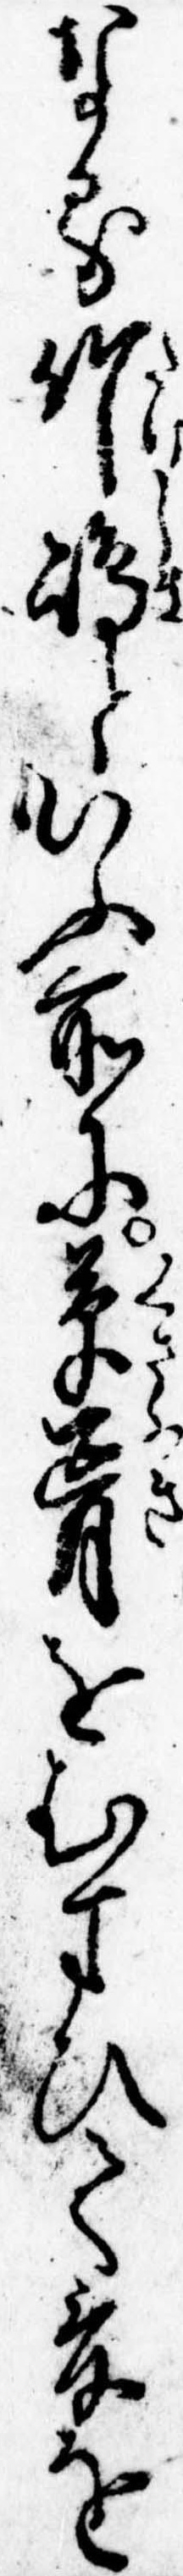
なる竹島といふ所に草葺をむすひて爰を